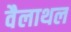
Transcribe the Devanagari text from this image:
वैलाथल